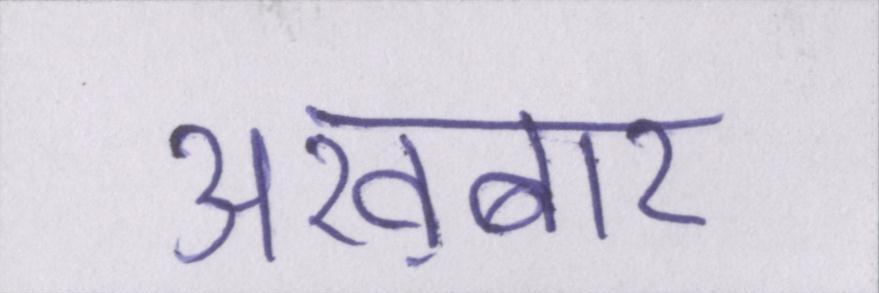
अख़बार